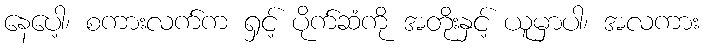
နေပေါ့၊ စကားလက်က ရှင့် ပိုက်ဆံကို အတိုးနှင့် ယူမှာပါ၊ အလကား